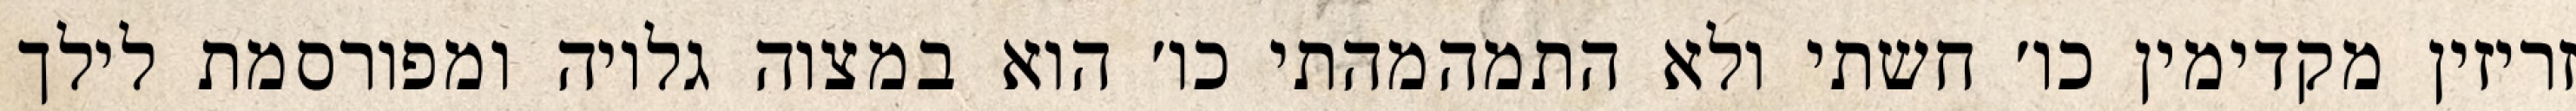
זריזין מקדימין כו׳ חשתי ולא התמהמהתי כו׳ הוא במצוה גלויה ומפורסמת לילך